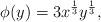
LaTeX: \begin{align*}\phi(y) = 3 x^{\frac{1}{3}} y^{\frac{1}{3}},\end{align*}